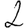
Digit: 2